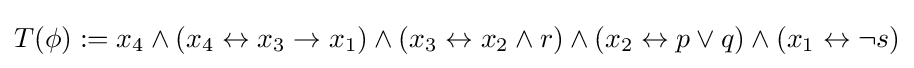
T(\phi ):=x_{4}\land (x_{4}\leftrightarrow x_{3}\to x_{1})\land (x_{3}\leftrightarrow x_{2}\land r)\land (x_{2}\leftrightarrow p\lor q)\land (x_{1}\leftrightarrow \neg s)